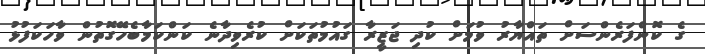
ގެ ކޮންފަރެންސަށް ތައްޔާރު ވުމަށް ކުދި ޖަޒީރާ ގައުމުތަކަށް ކުރެވިދާނެ ކަންކަމާބެހޭގޮތުން ވާހަކަފުޅު